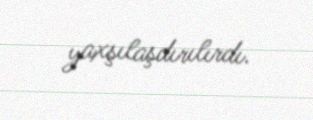
yaxşılaşdırılırdı.